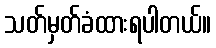
သတ်မှတ်ခံထားရပါတယ်။